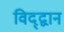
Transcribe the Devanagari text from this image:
विद्द्वान